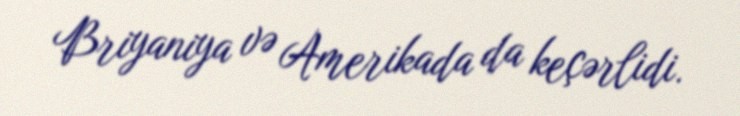
Briyaniya və Amerikada da keçərlidi.